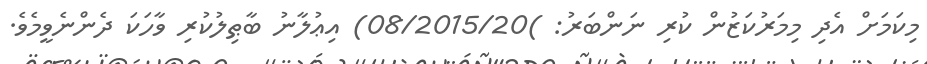
މިކަމަށް އެދި މިމަރުކަޒުން ކުރި ނަންބަރު: )08/2015/20) އިޢުލާނު ބާޠިލުކުރި ވާހަކަ ދެންނެވީމެވެ.